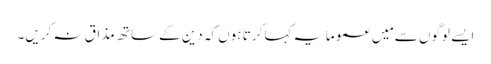
ایسے لوگوں سے مَیں عموماً یہ کہا کرتا ہوں کہ دین کے ساتھ مذاق نہ کریں۔